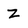
Character: z